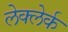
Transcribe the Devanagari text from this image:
लेक्लेर्क